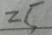
2 5